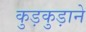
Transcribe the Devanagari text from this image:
कुड़कुड़ाने